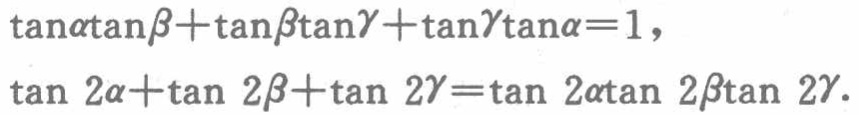
\(\tan\alpha\tan\beta+\tan\beta\tan\gamma+\tan\gamma\tan\alpha = 1\)，
\(\tan 2\alpha+\tan 2\beta+\tan 2\gamma=\tan 2\alpha\tan 2\beta\tan 2\gamma\)